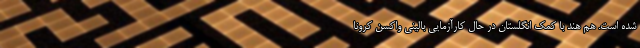
شده است. هم هند با کمک انگلستان در حال کارآزمایی بالینی واکسن کرونا